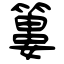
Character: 簍